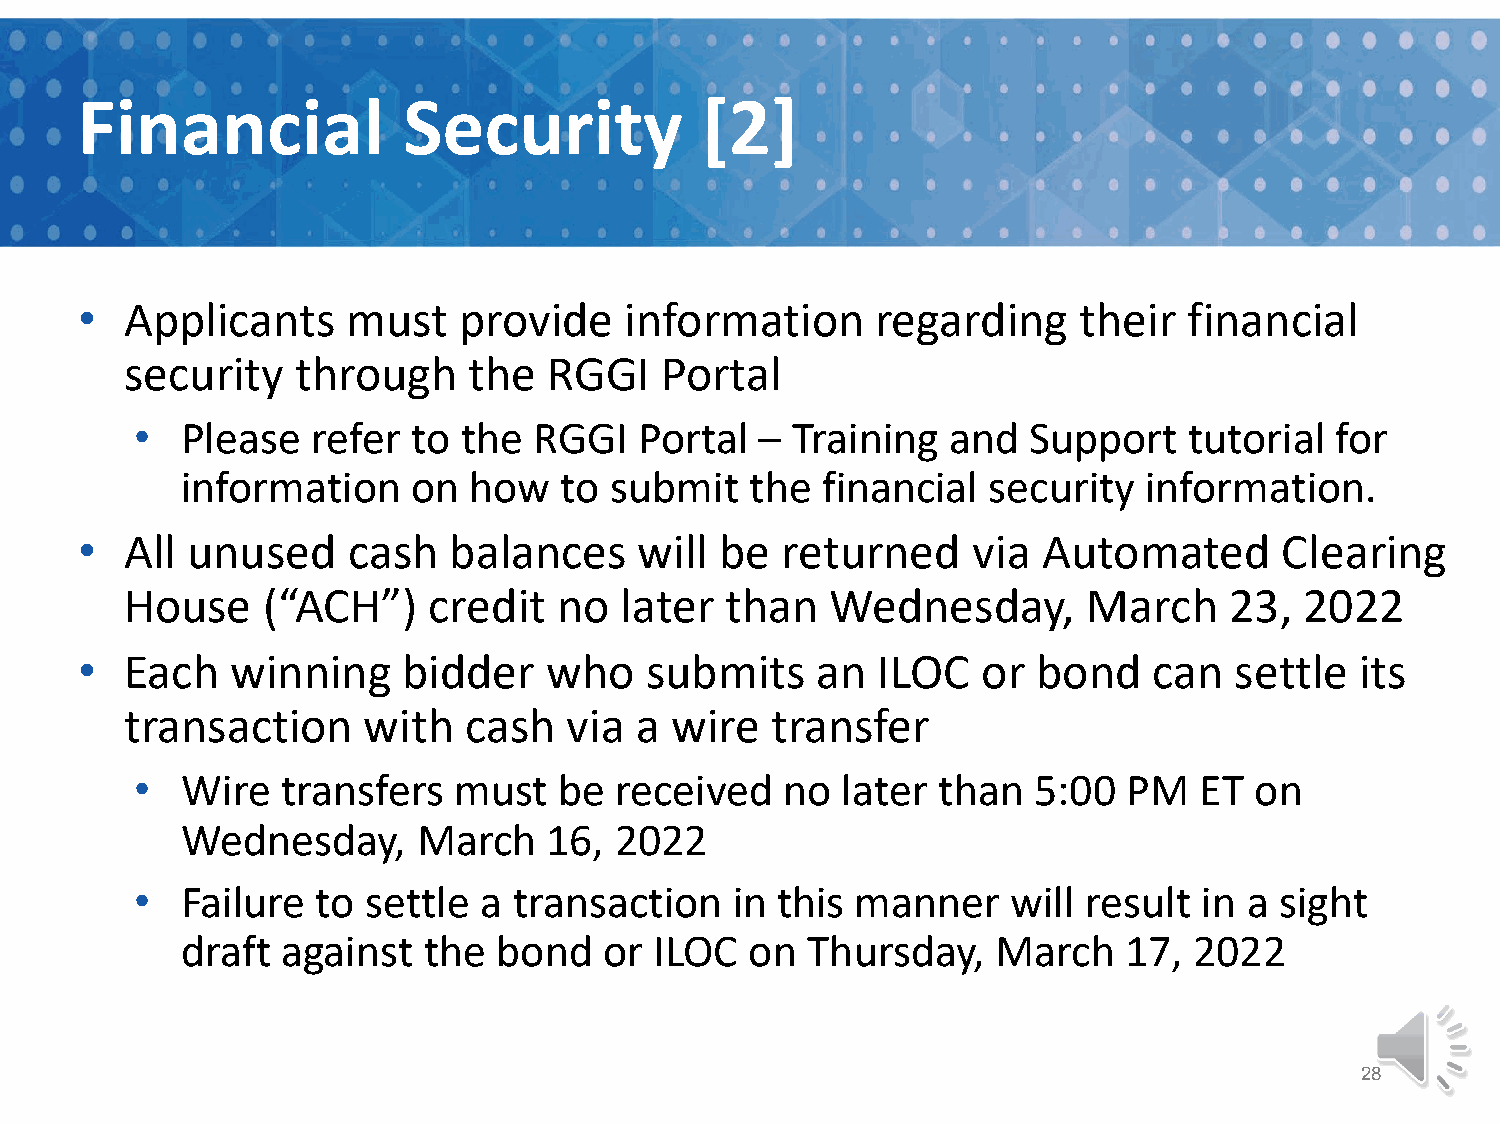
Financial             Security           [2]
 •  Applicants     must   provide    information      regarding    their   financial
 security    through    the  RGGI    Portal
 •  Please   refer to  the RGGI   Portal  – Training   and  Support    tutorial for
 information    on  how   to submit    the financial  security   information.
 •  All unused     cash   balances    will  be  returned    via  Automated       Clearing
 House    (“ACH”)    credit   no  later  than   Wednesday,       March    23,  2022
 •  Each   winning     bidder   who    submits    an  ILOC   or  bond   can   settle  its
 transaction     with   cash   via a wire   transfer
 •  Wire   transfers  must   be  received   no  later than  5:00   PM  ET  on
 Wednesday,      March   16,  2022
 •  Failure  to settle  a transaction    in this manner    will result  in a sight
 draft  against  the  bond   or ILOC   on Thursday,    March   17,  2022
 28